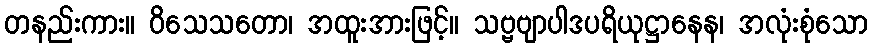
တနည်းကား။ ဝိသေသတော၊ အထူးအားဖြင့်။ သဗ္ဗဗျာပါဒပရိယုဋ္ဌာနေန၊ အလုံးစုံသော